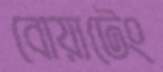
বোয়াটেং